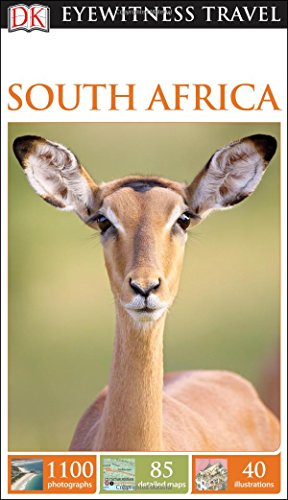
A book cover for DK Eyewitness Travel Guide: South Africa; DK Publishing; Travel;